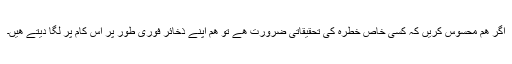
اگر ھم محسوس کريں کہ کسی خاص خطرہ کی تحقيقاتی ضرورت ھے تو ھم اپنے ذخائر فوری طور پر اس کام پر لگا ديتے ھيں۔